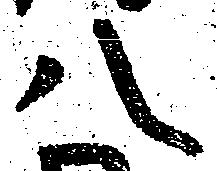
八